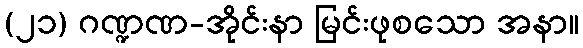
(၂၁) ဂဏ္ဍဏ-အိုင်းနာ မြင်းဖုစသော အနာ။